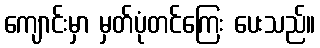
ကျောင်းမှာ မှတ်ပုံတင်ကြေး ပေးသည်။